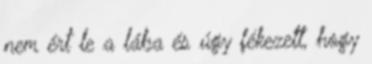
nem ért le a lába és úgy fékezett, hogy